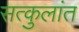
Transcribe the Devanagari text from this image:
सत्कुलांत